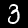
Label: 3